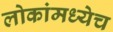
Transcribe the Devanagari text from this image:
लोकांमध्येच